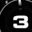
Digit: 3